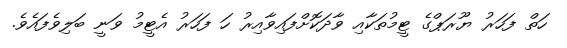
ހަތް ފަހަރު ޔޫރަޕްގެ ޓީމުތަކާއި ވާދަކޮށްފައިވާއިރު ހަ ފަހަރު އެޓީމު ވަނީ ބަލިވެފައެވެ.